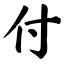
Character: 付